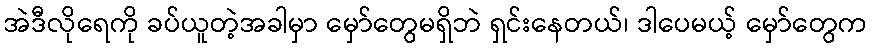
အဲဒီလိုရေကို ခပ်ယူတဲ့အခါမှာ မှော်တွေမရှိဘဲ ရှင်းနေတယ်၊ ဒါပေမယ့် မှော်တွေက